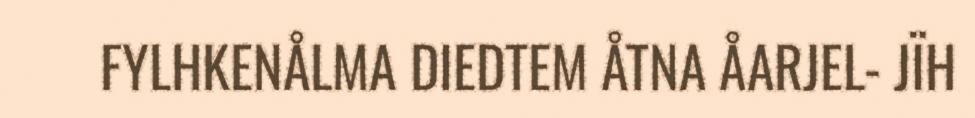
FYLHKENÅLMA DIEDTEM ÅTNA ÅARJEL- JÏH